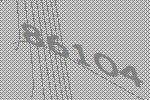
86104